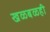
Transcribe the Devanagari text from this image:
खळबळही